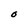
Character: O